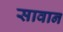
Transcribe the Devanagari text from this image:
सावान